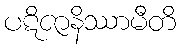
ပဋိဇာနိဿာမီတိ